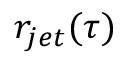
r _ { j e t } ( \tau )